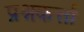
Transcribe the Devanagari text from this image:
प्रश्नकर्त्ता